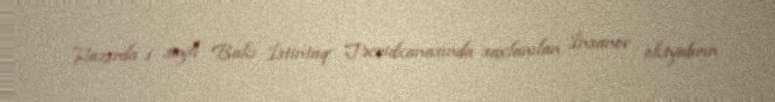
Hazırda 1 saylı Bakı İstintaq Təcridxanasında saxlanılan İnsanov oktyabrın